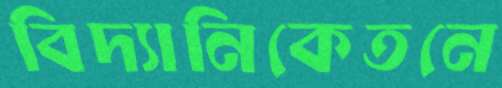
বিদ্যানিকেতনে